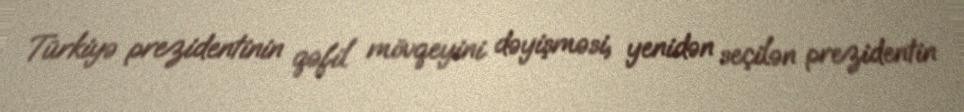
Türkiyə prezidentinin qəfil mövqeyini dəyişməsi, yenidən seçilən prezidentin